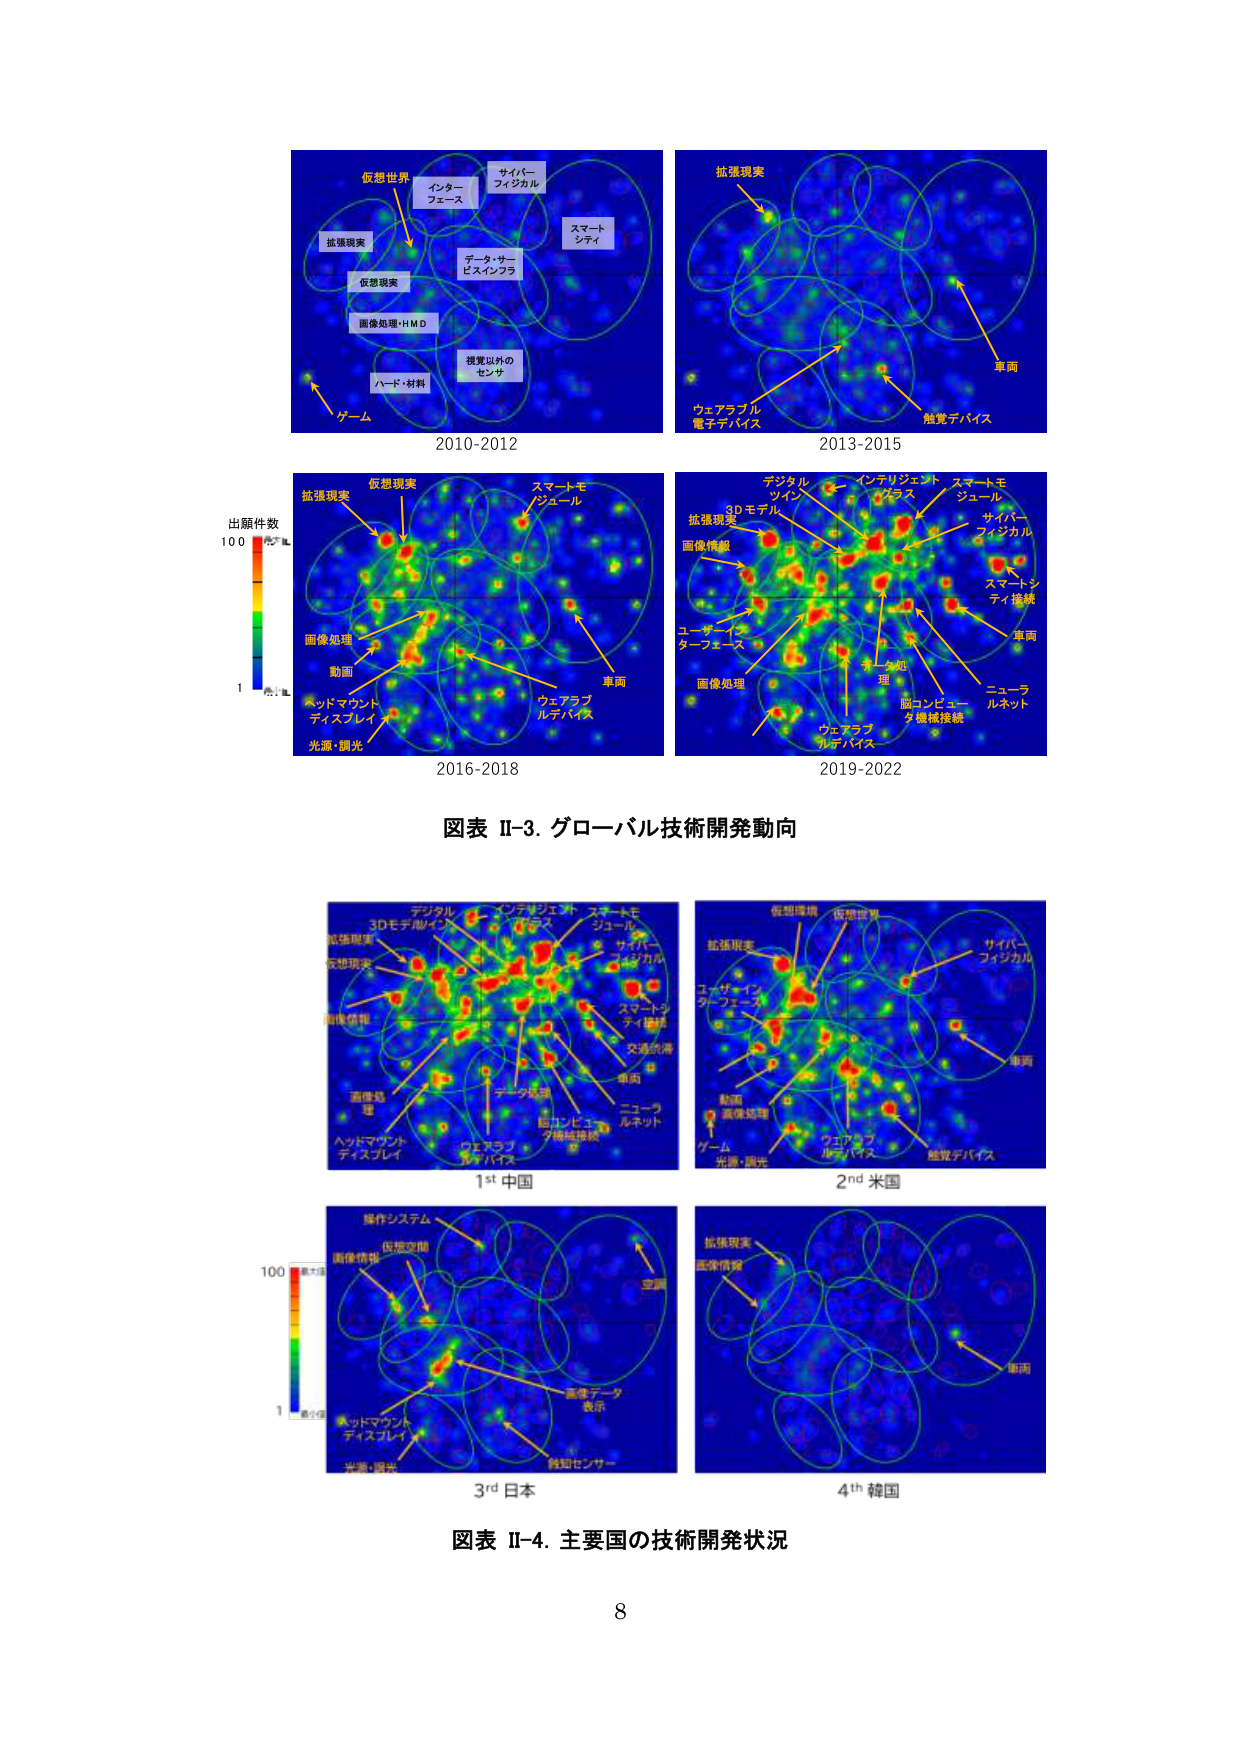
仮想世界
インターフェース
サイバーフィジカル
スマートシティ
データ・サービスインフラ
画像処理・HMD
視覚以外のセンサ
ハード・材料
ゲーム
2010-2012

拡張現実
ウェアラブル電子デバイス
触覚デバイス
車両
2013-2015

出願件数
100 最大値
1 最小値
拡張現実
仮想現実
スマートモジュール
画像処理
動画
ヘッドマウントディスプレイ
光源・観光
車両
ウェアラブルデバイス
2016-2018

デジタルツイン
3Dモデル
拡張現実
画像情報
ユーザーインターフェース
画像処理
スマートモジュール
サイバーフィジカル
スマートシティ接続
車両
ニューラルネット
脳コンピュータ機械接続
ウェアラブルデバイス
ホーカ処理
2019-2022

図表 II-3. グローバル技術開発動向

デジタル
3Dモデル/インフラ
拡張現実
仮想現実
画像情報
画像処理
ヘッドマウントディスプレイ
ウェアラブルデバイス
データ処理
脳コンピュータ機械接続
スマートモジュール
サイバーフィジカル
スマートシティ接続
交通渋滞
車両
ニューラルネット
1st 中国

仮想環境
仮想世界
拡張現実
ユーザーインターフェース
動画
画像処理
ゲーム
光源・観光
ウェアラブルデバイス
触覚デバイス
サイバーフィジカル
車両
2nd 米国

操作システム
仮想空間
画像情報
画像処理
ヘッドマウントディスプレイ
光源・観光
車両
画像データ表示
触知センサー
3rd 日本

拡張現実
仮想現実
空調
車両
4th 韓国

図表 II-4. 主要国の技術開発状況

8